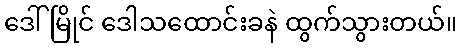
ဒေါ်မြိုင် ဒေါသထောင်းခနဲ ထွက်သွားတယ်။